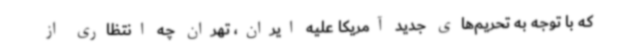
که با توجه به تحریم‌های جدید آمریکا علیه ایران، تهران چه انتظاری از